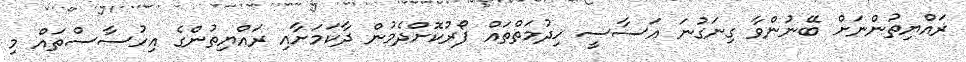
ރައްޔިތުންނަށް ބޭނުންވާ ގިނަގުނަ އަސާސީ ޚިދުމަތްތައް ފޯރުކޮށްދެމުން ދާކަމަށާއި ރައްޔިތުންގެ އިހުސާސްތައް މި